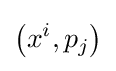
\left(x^{i},p_{j}\right)